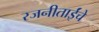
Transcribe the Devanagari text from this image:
रजनीताईंचे